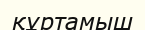
құртамыш